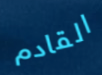
القادم